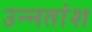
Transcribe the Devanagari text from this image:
उन्‍नतांश